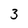
Character: 3